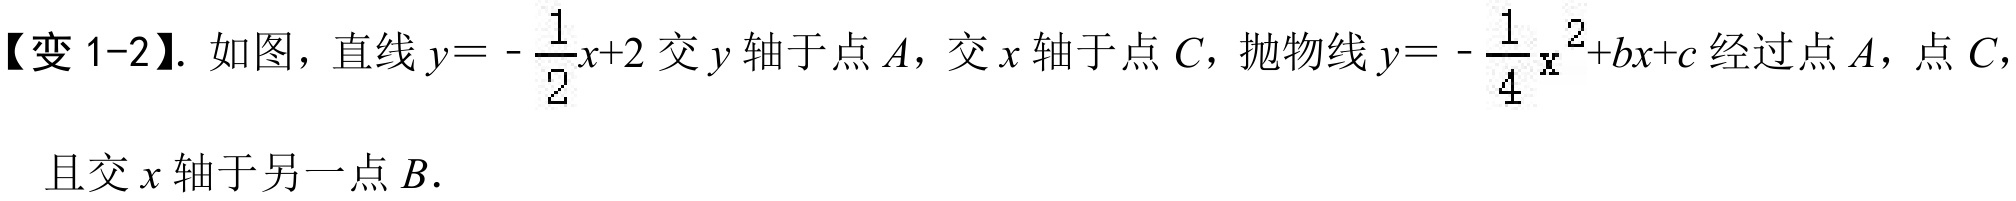
【变 1-2】. 如图，直线\(y = -\frac{1}{2}x + 2\)交\(y\)轴于点\(A\)，交\(x\)轴于点\(C\)，抛物线\(y = -\frac{1}{4}x^{2}+bx + c\)经过点\(A\)，点\(C\)，且交\(x\)轴于另一点\(B\).